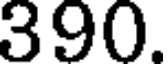
390.